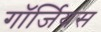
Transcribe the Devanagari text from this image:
गॉर्जियस